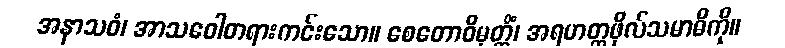
အနာသဝံ၊ အာသဝေါတရားကင်းသော။ စေတောဝိမုတ္တိံ၊ အရဟတ္တဖိုလ်သမာဓိကို။